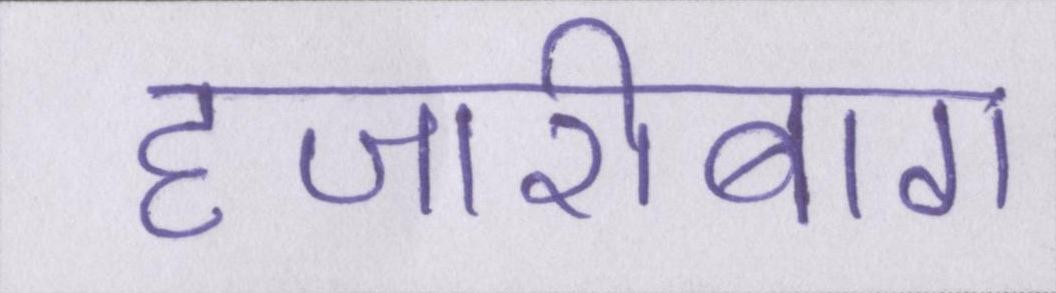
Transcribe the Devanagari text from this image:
हजारीबाग